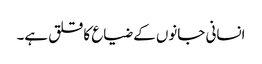
انسانی جانوں کے ضیاع کا قلق ہے۔